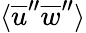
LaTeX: \langle\overline{{u}}^{\prime\prime}\overline{{w}}^{\prime\prime}\rangle